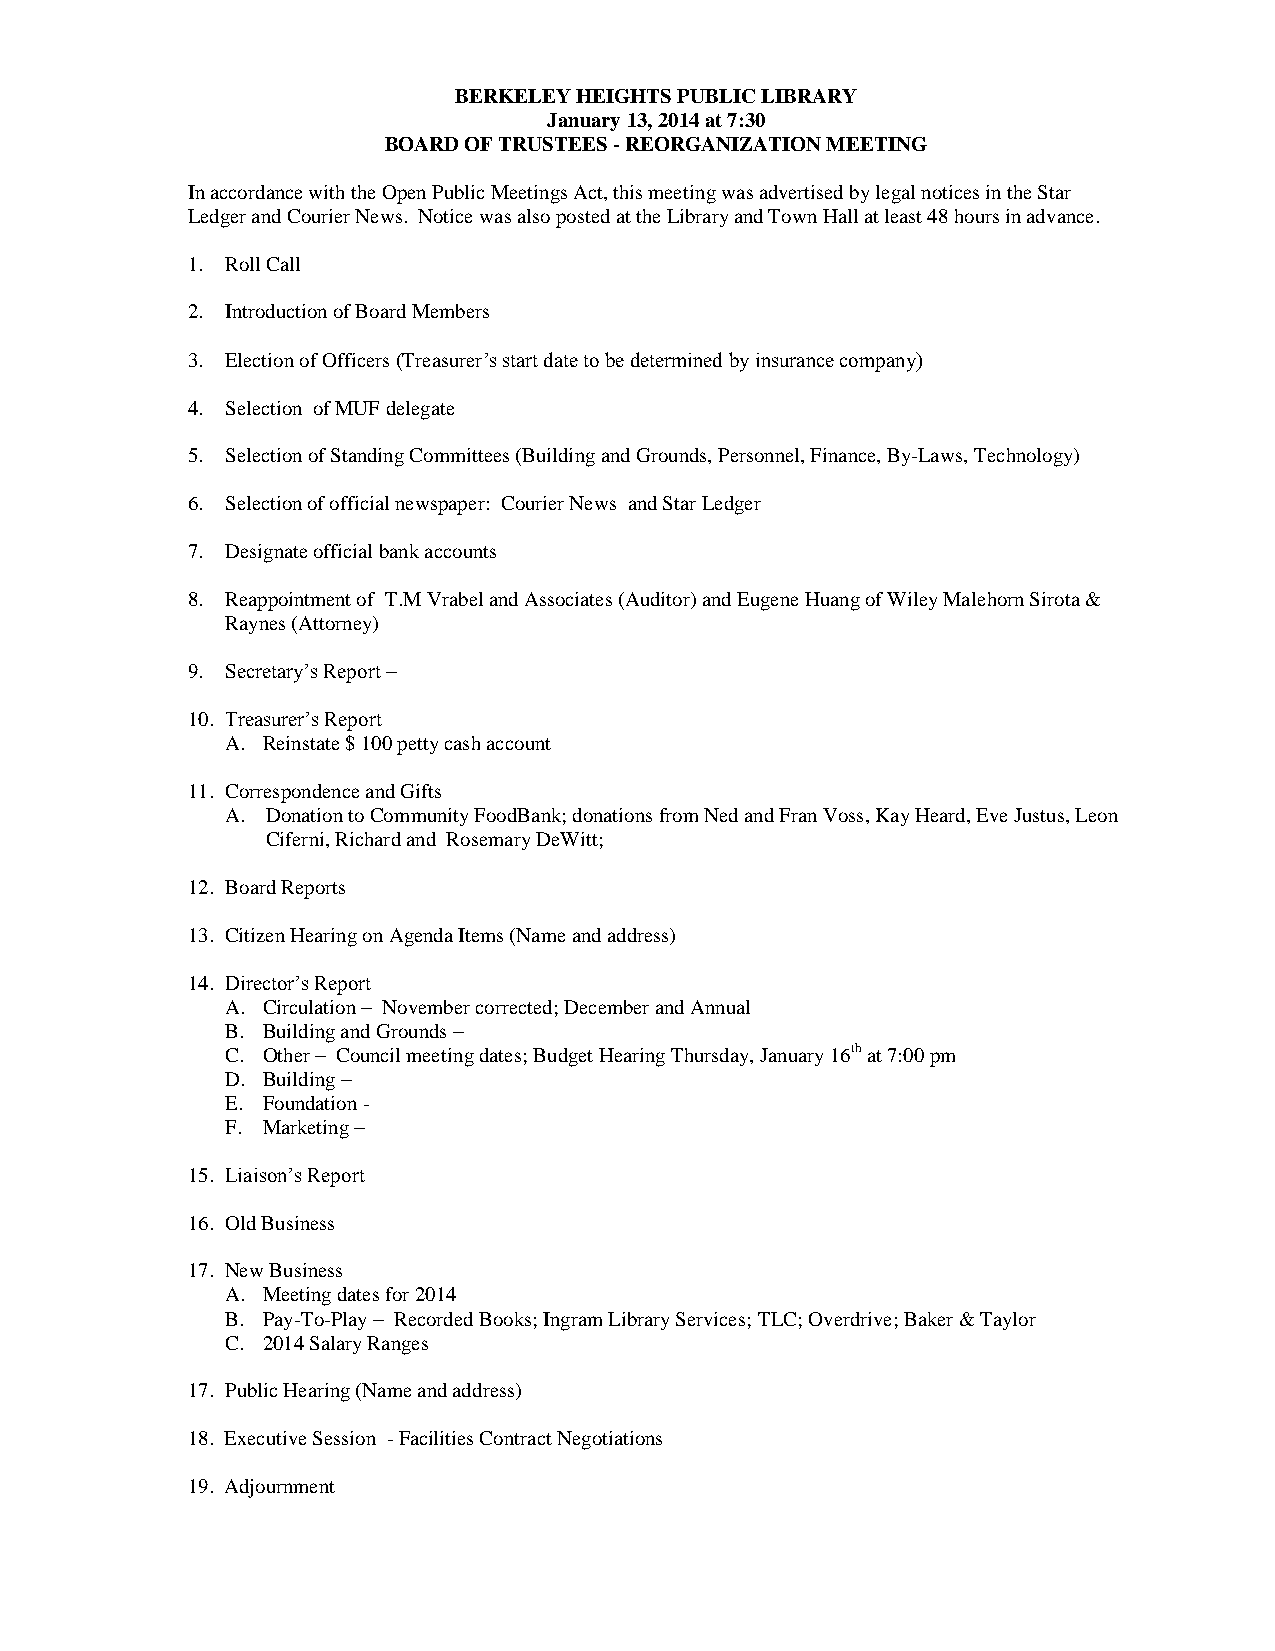
BERKELEY HEIGHTS PUBLIC LIBRARY
 January 13, 2014 at 7:30
 BOARD OF TRUSTEES - REORGANIZATION MEETING
 In accordance with the Open Public Meetings Act, this meeting was advertised by legal notices in the Star
 Ledger and Courier News. Notice was also posted at the Library and Town Hall at least 48 hours in advance.
 1. Roll Call
 2. Introduction of Board Members
 3. Election of Officers (Treasurer’s start date to be determined by insurance company)
 4. Selection of MUF delegate
 5. Selection of Standing Committees (Building and Grounds, Personnel, Finance, By-Laws, Technology)
 6. Selection of official newspaper: Courier News and Star Ledger
 7. Designate official bank accounts
 8. Reappointment of T.M Vrabel and Associates (Auditor) and Eugene Huang of Wiley Malehorn Sirota &
 Raynes (Attorney)
 9. Secretary’s Report –
 10. Treasurer’s Report
 A. Reinstate $ 100 petty cash account
 11. Correspondence and Gifts
 A. Donation to Community FoodBank; donations from Ned and Fran Voss, Kay Heard, Eve Justus, Leon
 Ciferni, Richard and Rosemary DeWitt;
 12. Board Reports
 13. Citizen Hearing on Agenda Items (Name and address)
 14. Director’s Report
 A. Circulation – November corrected; December and Annual
 B. Building and Grounds –
 C. Other – Council meeting dates; Budget Hearing Thursday, January 16th at 7:00 pm
 D. Building –
 E. Foundation -
 F. Marketing –
 15. Liaison’s Report
 16. Old Business
 17. New Business
 A. Meeting dates for 2014
 B. Pay-To-Play – Recorded Books; Ingram Library Services; TLC; Overdrive; Baker & Taylor
 C. 2014 Salary Ranges
 17. Public Hearing (Name and address)
 18. Executive Session - Facilities Contract Negotiations
 19. Adjournment